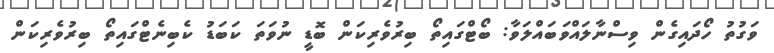
ވަގުތު ހޯދައިގެން ވިސްނާލައްވަބައްލަވާ: ބޯޓްގައިތޯ ބިރުވެރިކަން ބޮޑީ ނުވަތަ ކަބަޑު ކެބިނެޓްގައިތޯ ބިރުވެރިކަން